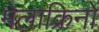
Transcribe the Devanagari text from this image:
मेलाक्रिनो